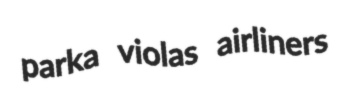
parka violas airliners